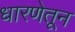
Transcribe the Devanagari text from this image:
धारणेतून